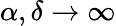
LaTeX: \alpha,\delta\rightarrow\infty